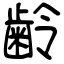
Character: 齢